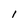
Character: l